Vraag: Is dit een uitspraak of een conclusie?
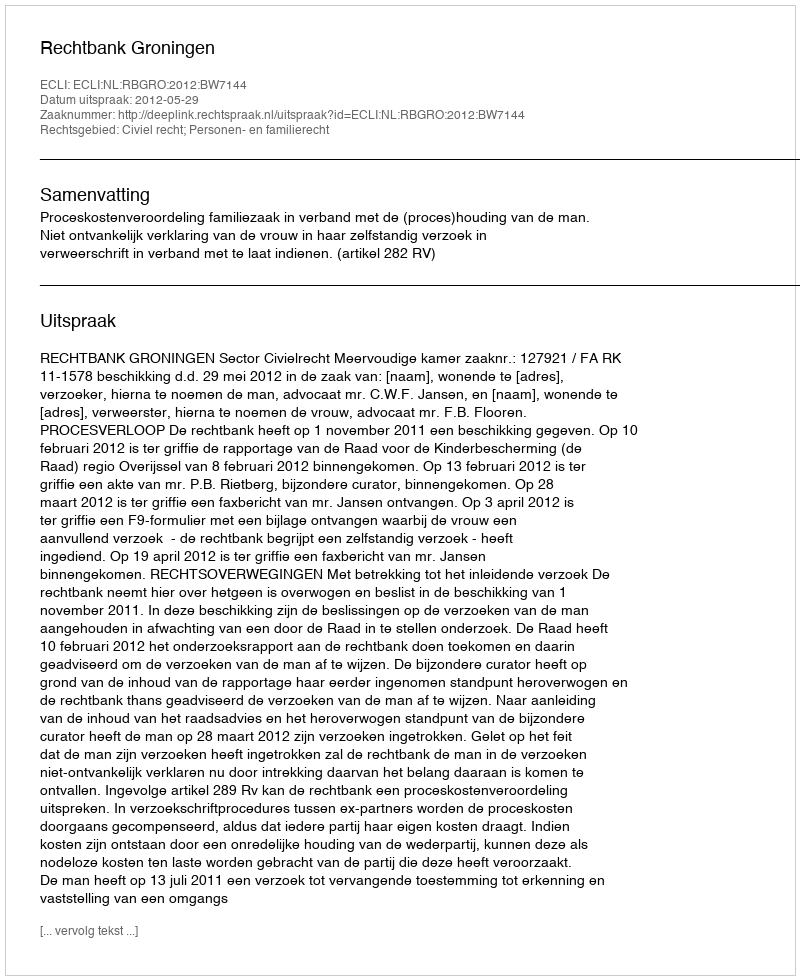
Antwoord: Uitspraak